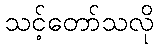
သင့်တော်သလို